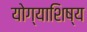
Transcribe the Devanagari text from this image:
योग्याशिष्य